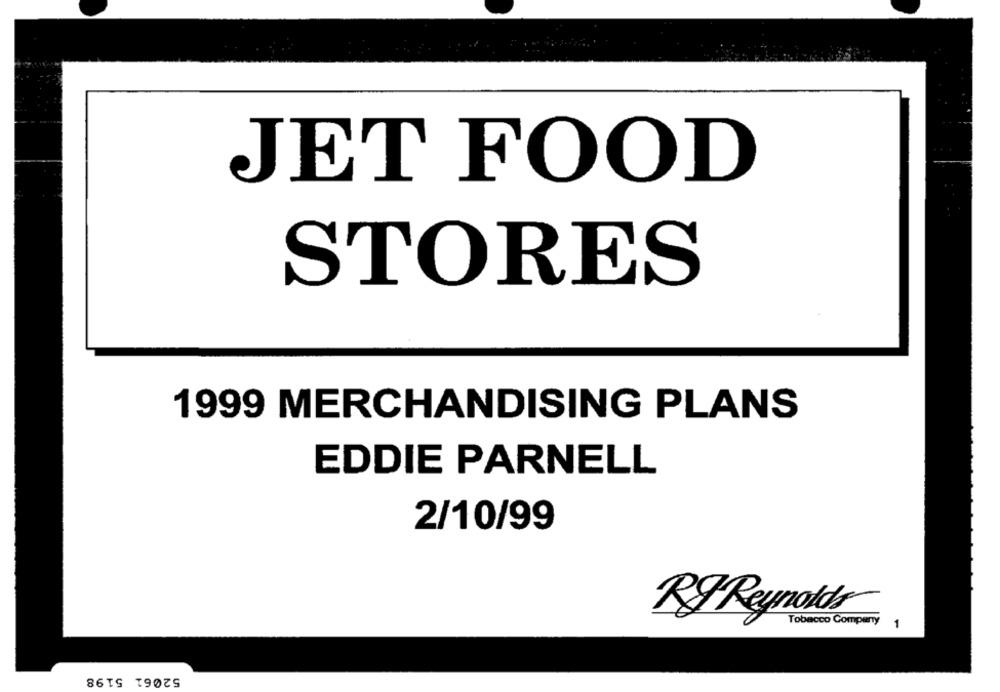
JET FOOD
STORES
1999 MERCHANDISING PLANS
EDDIE PARNELL
2/10/99
Tobacco Company
1
Rg Reynolds
52061 5198